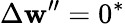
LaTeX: \Delta\mathbf{w}^{\prime\prime}=0^{*}